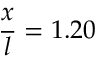
\frac { x } { l } = 1 . 2 0